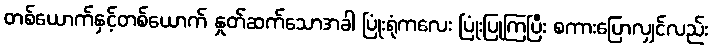
တစ်ယောက်နှင့်တစ်ယောက် နှုတ်ဆက်သောအခါ ပြုံးရုံကလေး ပြုံးပြုကြပြီး စကားပြောလျှင်လည်း